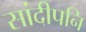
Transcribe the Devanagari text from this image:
सांदीपनि